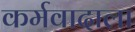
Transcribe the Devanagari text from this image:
कर्मवादाला